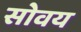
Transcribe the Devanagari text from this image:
सोवय